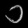
Digit: ၁